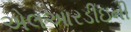
એલઆરડીઇની